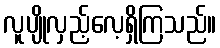
လူပျိုလှည့်လေ့ရှိကြသည်။